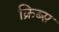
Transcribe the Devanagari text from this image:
क्रिब्स